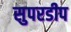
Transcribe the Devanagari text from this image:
सुपरडीप